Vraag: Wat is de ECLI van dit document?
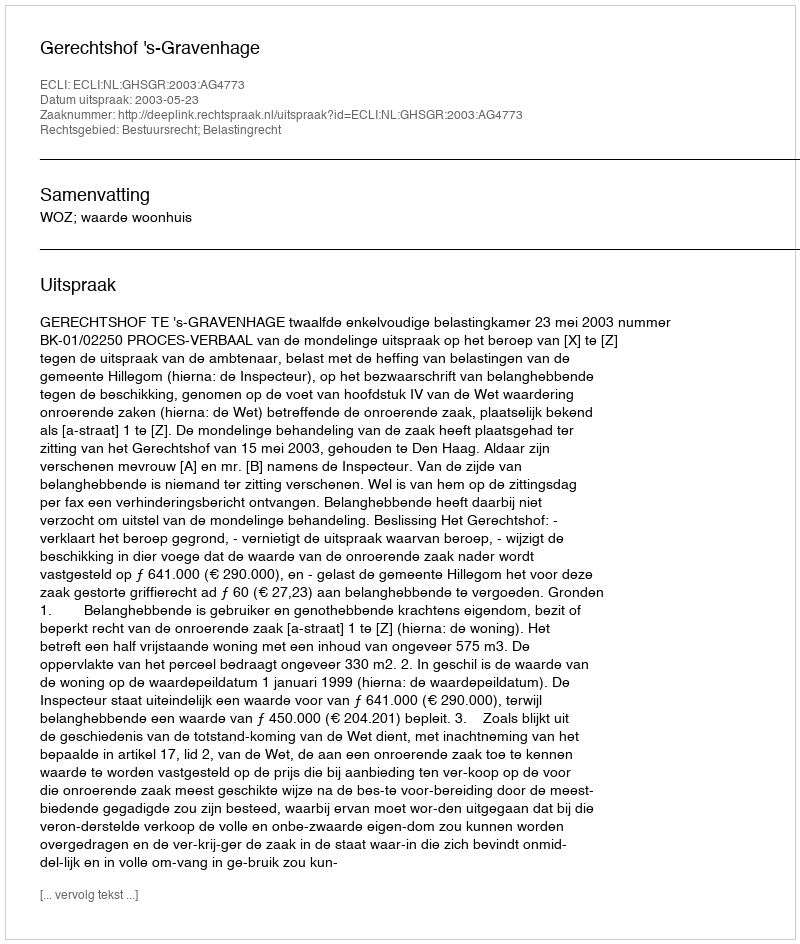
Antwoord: ECLI:NL:GHSGR:2003:AG4773